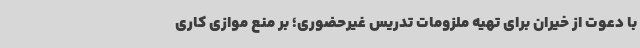
با دعوت از خیران برای تهیه ملزومات تدریس غیرحضوری؛ بر منع موازی کاری